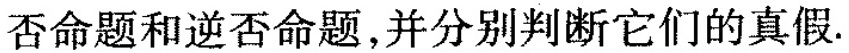
否命题和逆否命题，并分别判断它们的真假。